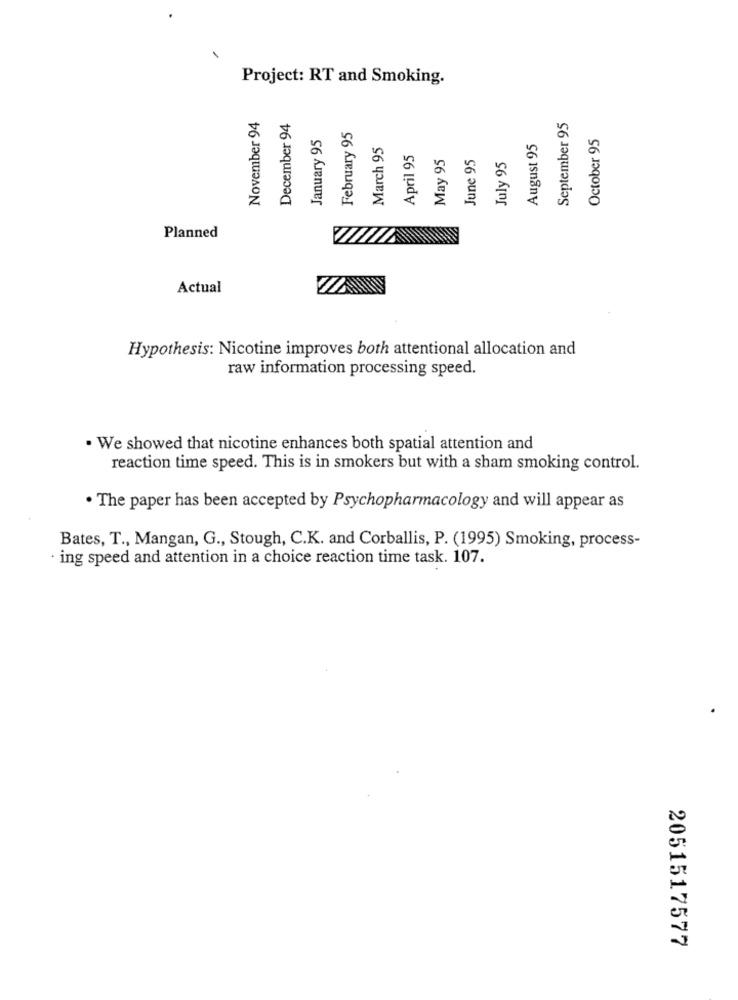
Project: RT and Smoking.
November 94
December 94
September 95
January 95
February 95
October 95
March 95
August 95
April 95
May 95
June 95
July 95
Planned
Actual
Hypothesis: Nicotine improves both attentional allocation and
raw information processing speed.
. We showed that nicotine enhances both spatial attention and
reaction time speed. This is in smokers but with a sham smoking control.
. The paper has been accepted by Psychopharmacology and will appear as
Bates, T ., Mangan, G ., Stough, C.K. and Corballis, P. (1995) Smoking, process-
· ing speed and attention in a choice reaction time task. 107.
2051517577